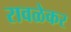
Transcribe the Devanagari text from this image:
रावळेकर